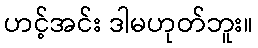
ဟင့်အင်း ဒါမဟုတ်ဘူး။